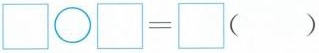
□\bigcirc□=□（）